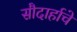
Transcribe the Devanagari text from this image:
सौदार्हाचे